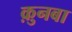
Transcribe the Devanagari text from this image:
क़ुनबा